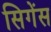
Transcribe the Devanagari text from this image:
सिगेंस